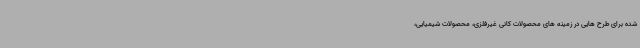
شده برای طرح هایی در زمینه های محصولات کانی غیرفلزی، محصولات شیمیایی،